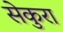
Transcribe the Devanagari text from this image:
सेकुरा